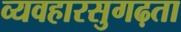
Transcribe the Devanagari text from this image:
व्यवहारसुगढ़ता